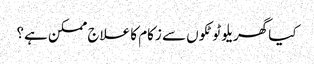
کیا گھریلو ٹوٹکوں سے زکام کا علاج ممکن ہے؟